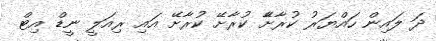
ދަ ލައިން ހައްޔަރު ކުރާށާޭ ކުރާށޭ ކުރާށޭ އައި ރިއަލީ ނީޑް އިޓް